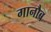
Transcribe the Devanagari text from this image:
गानौब